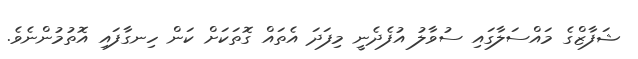
ޝަފާޒްގެ މައްސަލާގައި ސުވާލު އުފެދެނީ މިފަދަ އެތައް ގޮތަކަށް ކަން ހިނގާފައި އޮތުމުންނެވެ.